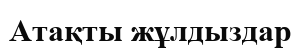
Атақты жұлдыздар